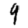
Digit: 9